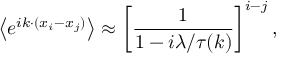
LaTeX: \left\langle e ^ { i k \cdot ( x _ { i } - x _ { j } ) } \right\rangle \approx \left[ \frac { 1 } { 1 - i \lambda / \tau ( k ) } \right] ^ { i - j } ,